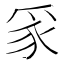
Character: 𭶮